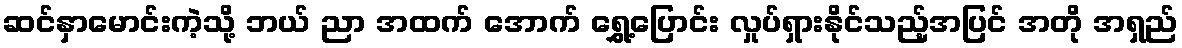
ဆင်နှာမောင်းကဲ့သို့ ဘယ် ညာ အထက် အောက် ရွှေ့ပြောင်း လှုပ်ရှားနိုင်သည့်အပြင် အတို အရှည်